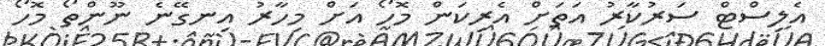
އެލިސްޓް ސަަރުކާރު އަތަށް އެރިކަން މޮހޯ އަށް މިހާރު އިނގޭނެ ނޫންތޯ މޮހޯ